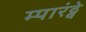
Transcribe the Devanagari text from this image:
म्पारंट्वे